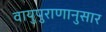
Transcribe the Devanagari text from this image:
वायुपुराणानुसार